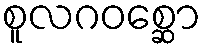
စူလဂဝစ္ဆော